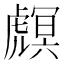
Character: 𧇻